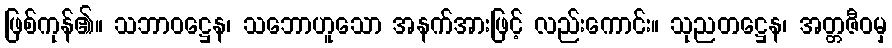
ဖြစ်ကုန်၏။ သဘာဝဋ္ဌေန၊ သဘောဟူသော အနက်အားဖြင့် လည်းကောင်း။ သုညတဋ္ဌေန၊ အတ္တဇီဝမှ